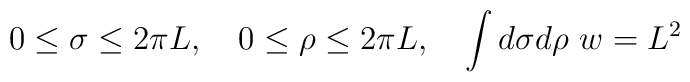
0 \le \sigma \le 2\pi L, \quad 0\le \rho\le  2\pi L ,\quad \int d\sigma d\rho\, \,  w=L^2